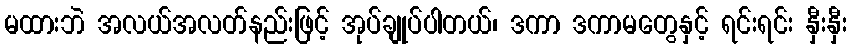
မထားဘဲ အလယ်အလတ်နည်းဖြင့် အုပ်ချုပ်ပါတယ်၊ ဒကာ ဒကာမတွေနှင့် ရင်းရင်း နှီးနှီး